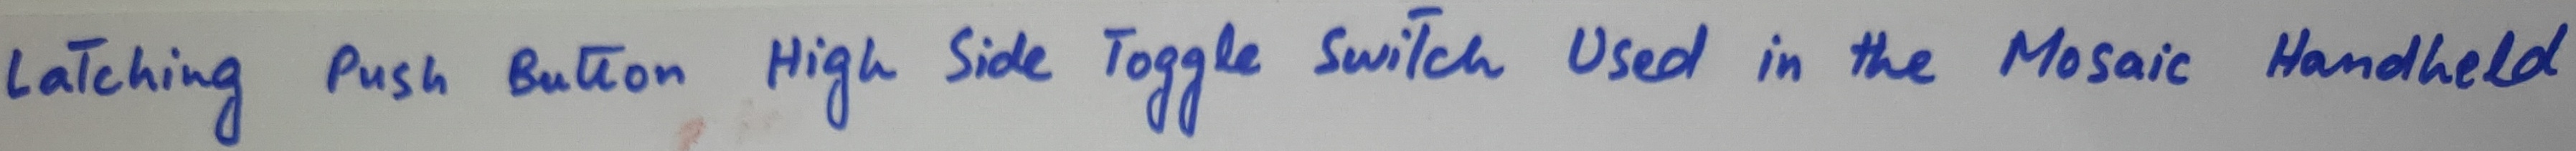
Text: Latching Push Button High Side Toggle Switch Used in the Mosaic Handheld